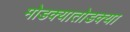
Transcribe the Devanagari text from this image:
मोडक्यातोडक्या